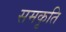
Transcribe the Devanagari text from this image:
समकृति